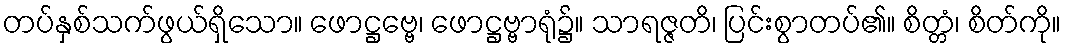
တပ်နှစ်သက်ဖွယ်ရှိသော။ ဖောဋ္ဌဗ္ဗေ၊ ဖောဋ္ဌဗ္ဗာရုံ၌။ သာရဇ္ဇတိ၊ ပြင်းစွာတပ်၏။ စိတ္တံ၊ စိတ်ကို။